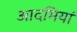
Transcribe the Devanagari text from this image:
आदमियां